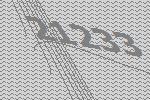
21233